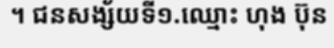
។ ជនសង្ស័យទី១.ឈ្មោះ ហុង ប៊ុន